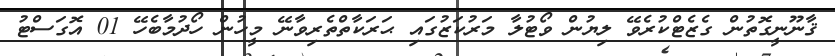
ޤާނޫނީގޮތުން ގެޒެޓްކުރެވޭ ލިޔުން ވޯޓުލާ މަރުކަޒުގައި ޙަރަކާތްތެރިވާނޭ މީހުން ހޯދުމާބެހޭ 01 އޮގަސްޓު